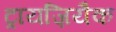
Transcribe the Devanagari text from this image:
ट्रायज़ियैक